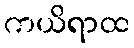
ကယိရာထ